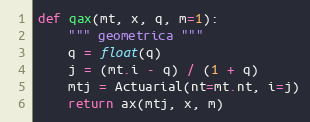
Language: Python
def qax(mt, x, q, m=1):
    """ geometrica """
    q = float(q)
    j = (mt.i - q) / (1 + q)
    mtj = Actuarial(nt=mt.nt, i=j)
    return ax(mtj, x, m)